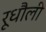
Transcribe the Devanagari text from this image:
रूधौली